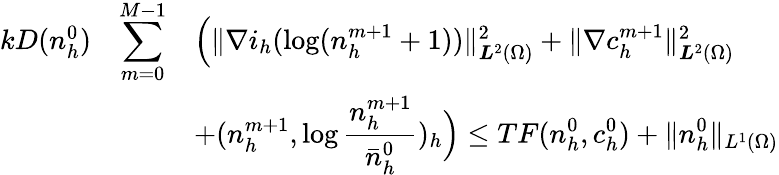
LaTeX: \begin{array}{rcl}{kD(n_{h}^{0})}&{\displaystyle\sum_{m=0}^{M-1}}&{\Big(\| \nabla i_{h}(\log(n_{h}^{m+1}+1))\| _{{\boldsymbol L}^{2}(\Omega)}^{2}+\| \nabla c_{h}^{m+1}\| _{{\boldsymbol L}^{2}(\Omega)}^{2}}\\ &&{\displaystyle+(n_{h}^{m+1},\log\frac{n_{h}^{m+1}}{\bar{n}_{h}^{0}})_{h}\Big)\le TF(n_{h}^{0},c_{h}^{0})+\| n_{h}^{0}\| _{L^{1}(\Omega)}}\end{array}